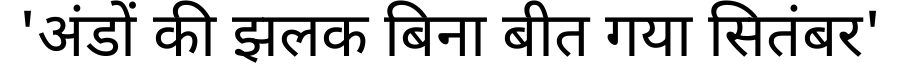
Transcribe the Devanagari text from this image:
'अंडों की झलक बिना बीत गया सितंबर'